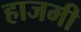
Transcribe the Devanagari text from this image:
हाजमी